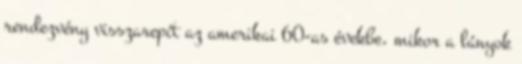
rendezvény visszarepít az amerikai 60-as évekbe, mikor a lányok